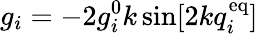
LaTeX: g_{i}=-2g_{i}^{0}k\sin[2kq_{i}^{\mathrm{eq}}]